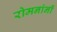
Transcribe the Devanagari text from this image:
रोमनांनीं